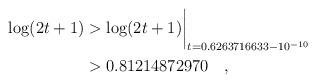
LaTeX: \begin{align*}\log(2t+1) & > \log(2t+1)\biggr\rvert_{t=0.6263716633 - 10^{-10}} \\& > 0.81214872970 \quad, \end{align*}